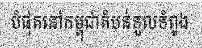
បំផុតនៅកម្ពុជាតំបន់ទួលទំពូង